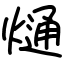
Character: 熥